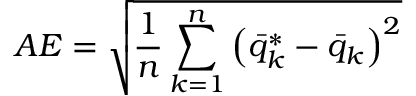
A E = \sqrt { \frac { 1 } { n } \sum _ { k = 1 } ^ { n } \left( \bar { q } _ { k } ^ { * } - \bar { q } _ { k } \right) ^ { 2 } }